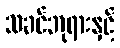
သခင်ဘုရားနှင့်